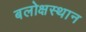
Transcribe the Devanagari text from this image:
बलोक्षस्थान